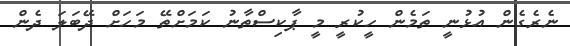
ނެރެގެން އުޅުނީ ތަމެން ހީކުރީ މީ ޕާކިސްތާނު ކަމަށްތޭ މަހަށް ދޭބަލަ ދެން